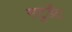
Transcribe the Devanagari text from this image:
सटुडैंट